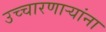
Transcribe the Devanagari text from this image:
उच्चारणार्‍यांना